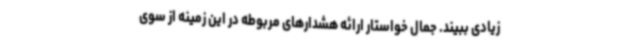
زیادی ببیند. جمال خواستار ارائه هشدارهای مربوطه در این زمینه از سوی